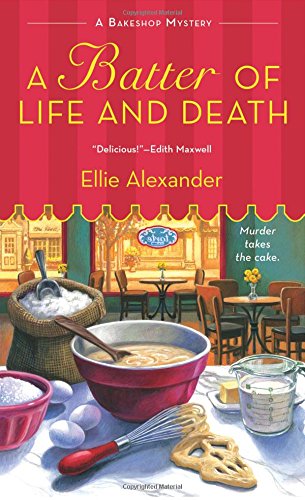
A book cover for A Batter of Life and Death: A Bakeshop Mystery; Ellie Alexander; Mystery, Thriller & Suspense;